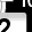
Digit: 2